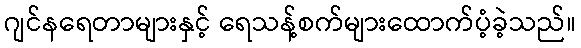
ဂျင်နရေတာများနှင့် ရေသန့်စက်များထောက်ပံ့ခဲ့သည်။